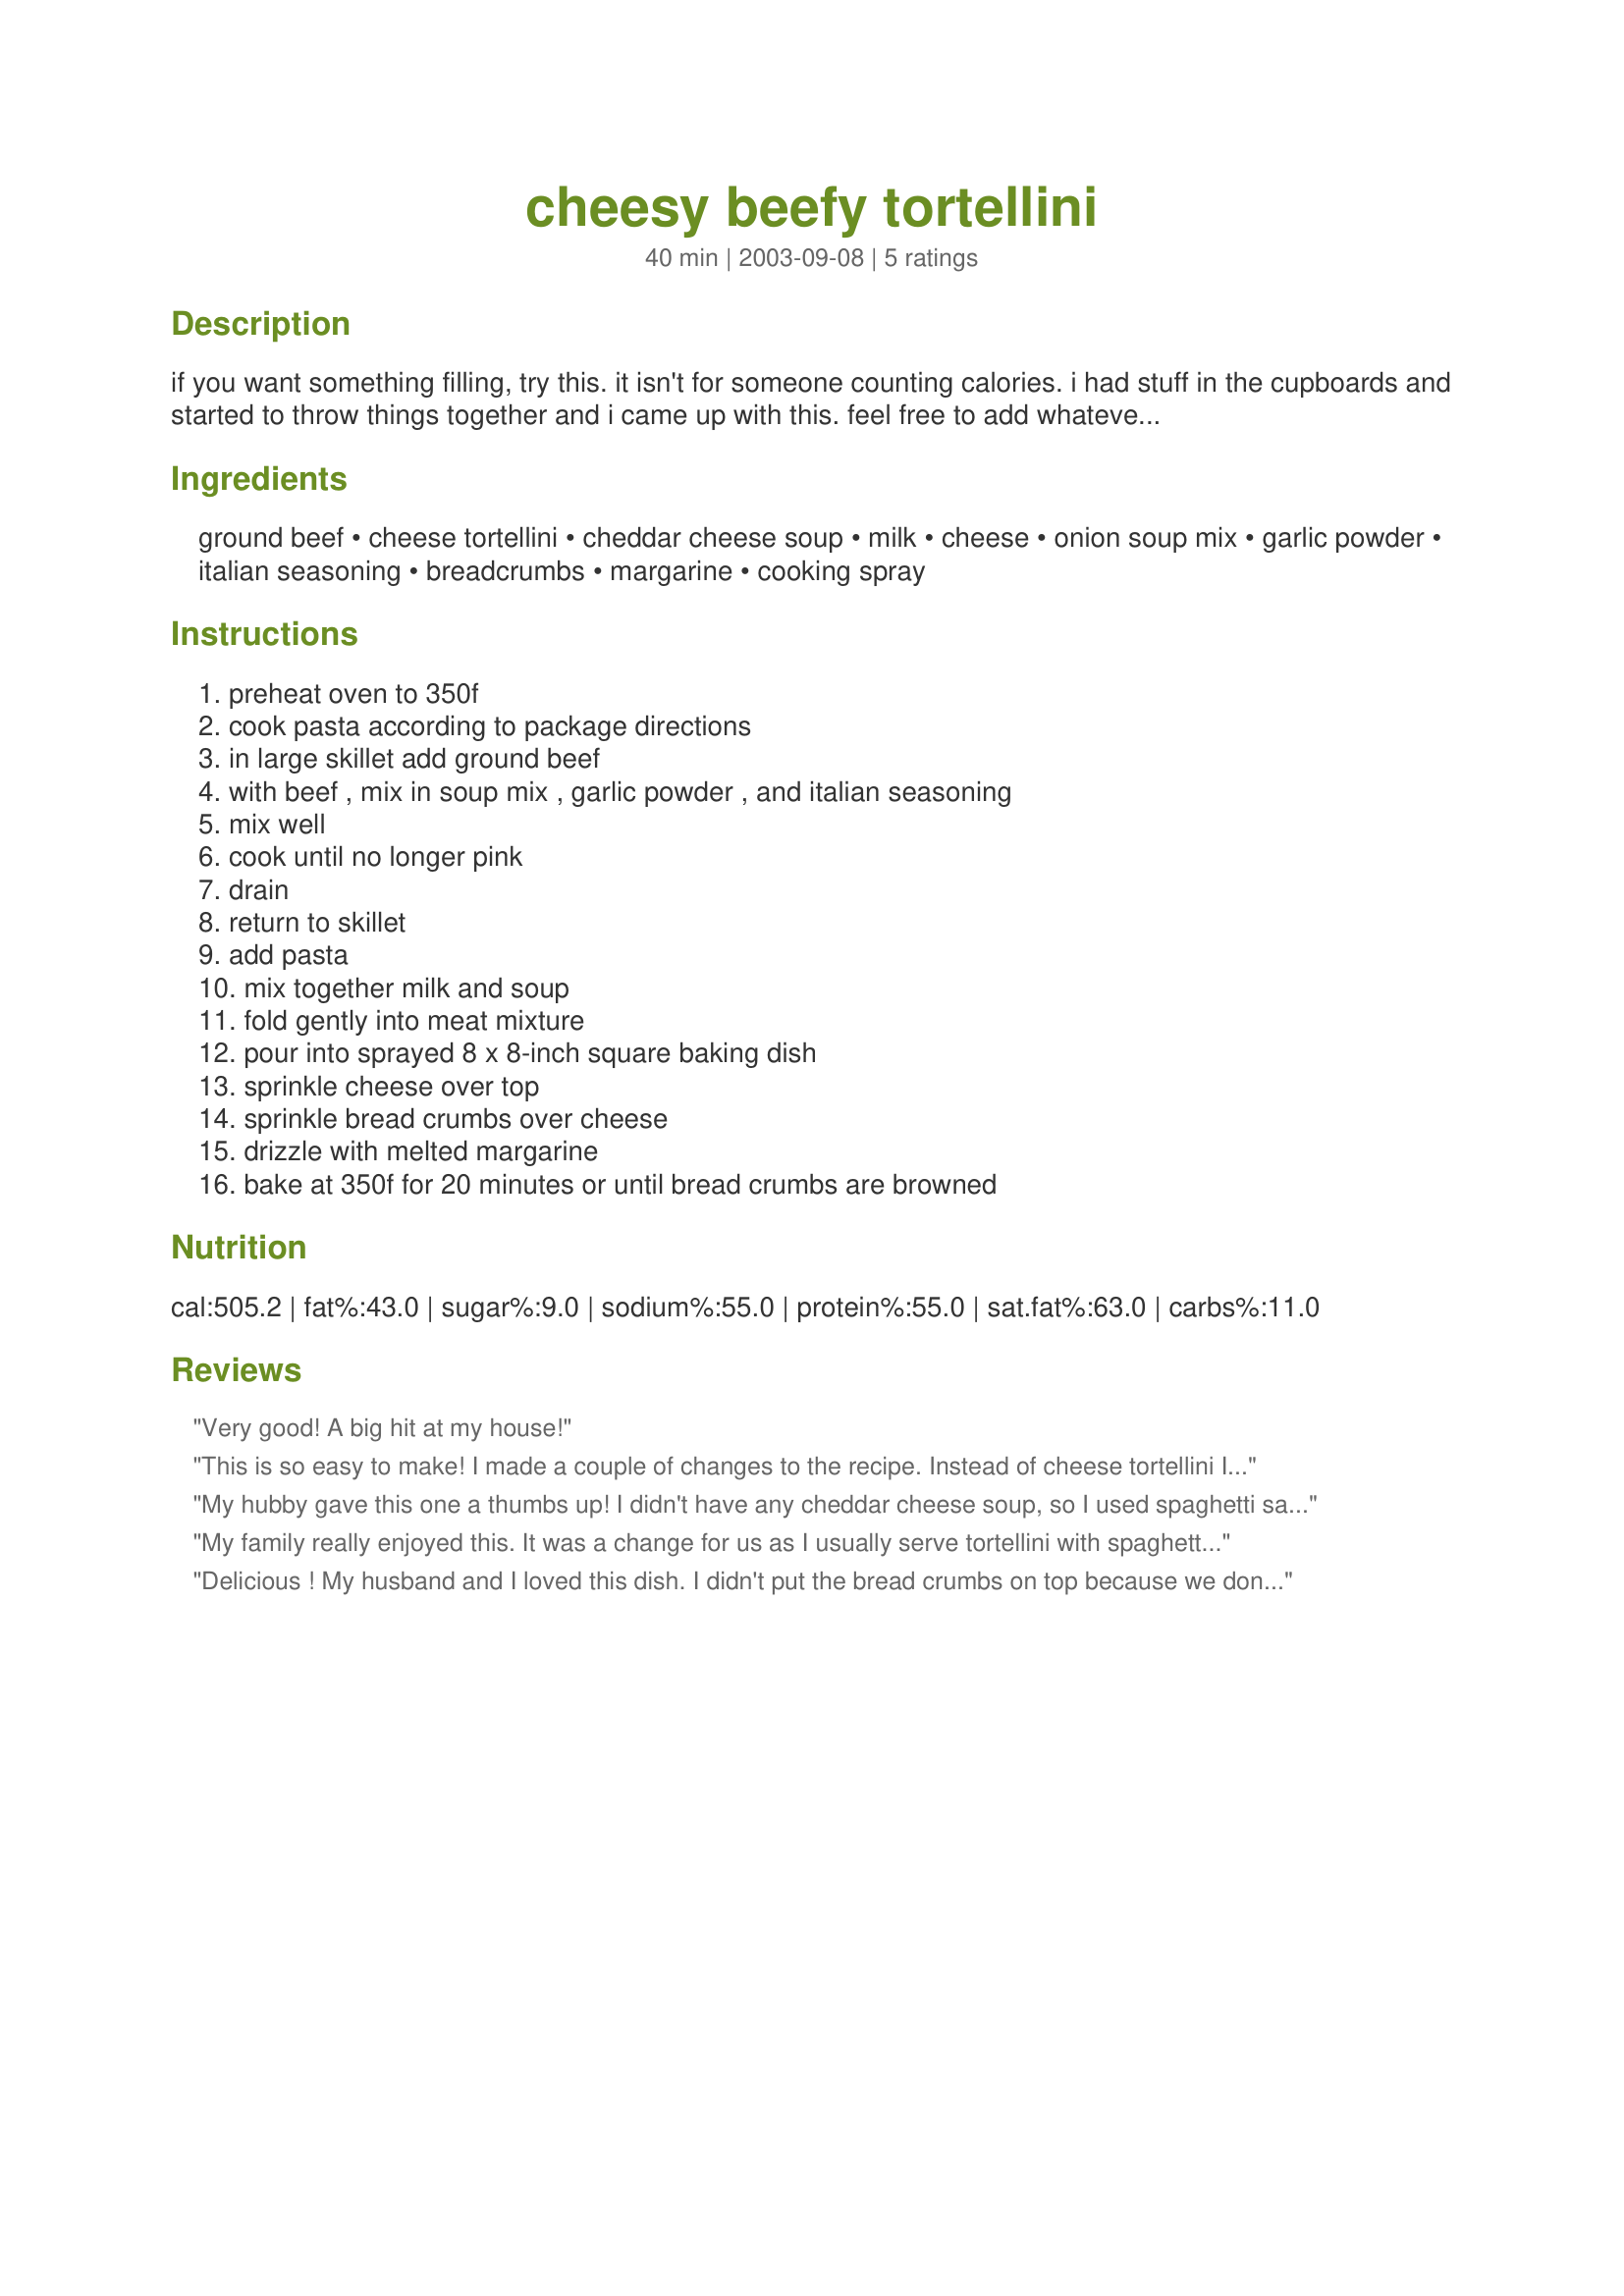
cheesy beefy tortellini
Preparation time: 40 minutes

if you want something filling, try this. it isn't for someone counting calories. i had stuff in the cupboards and started to throw things together and i came up with this. feel free to add whatever you like.

Ingredients:
ground beef, cheese tortellini, cheddar cheese soup, milk, cheese, onion soup mix, garlic powder, italian seasoning, breadcrumbs, margarine, cooking spray

Steps:
preheat oven to 350f, cook pasta according to package directions, in large skillet add ground beef, with beef , mix in soup mix , garlic powder , and italian seasoning, mix well, cook until no longer pink, drain, return to skillet, add pasta, mix together milk and soup, fold gently into meat mixture, pour into sprayed 8 x 8-inch square baking dish, sprinkle cheese over top, sprinkle bread crumbs over cheese, drizzle with melted margarine, bake at 350f for 20 minutes or until bread crumbs are browned

Reviews:
Very good! A big hit at my house!
This is so easy to make! I made a couple of changes to the recipe. Instead of cheese tortellini I used beef (the cheese tortellini we get here isn't that good) and I didn't put any breadcrumbs on the top. It resulted in a fantastic meal. Best part, the leftovers taste great too.
My hubby gave this one a thumbs up! I didn't have any cheddar cheese soup, so I used spaghetti sauce and it still turned out yummy.
My family really enjoyed this. It was a change for us as I usually serve tortellini with spaghetti or alfredo sauce. I will be making this again!
Delicious ! My husband and I loved this dish. I didn't put the bread crumbs on top because we don't care of them but other than that made it as written. Thank you !
